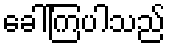
ခေါ်ကြပါသည်